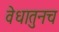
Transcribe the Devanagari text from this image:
वेधातुनच